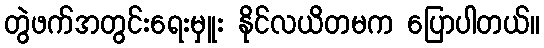
တွဲဖက်အတွင်းရေးမှူး နိုင်လယိတမက ပြောပါတယ်။